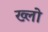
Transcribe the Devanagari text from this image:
ख्लो